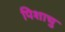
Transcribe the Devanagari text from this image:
पिशाचु